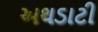
અથડાટી